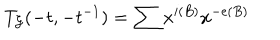
T _ { { \cal G } } ( - t , - t ^ { - 1 } ) = \sum x ^ { i ( B ) } x ^ { - e ( B ) }